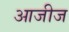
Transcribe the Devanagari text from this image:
आजीज